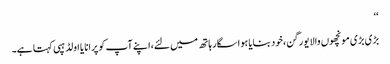
‘‘
بڑی بڑی مونچھوں والا یورگن،خود بنایا ہوا سگار ہاتھ میں لئے،اپنے آپ کو پرانا یا اولڈ ہپی کہتا ہے۔